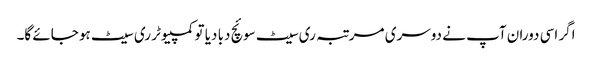
اگر اسی دوران آپ نے دوسری مرتبہ ری سیٹ سوئچ دبا دیا تو کمپیوٹر ری سیٹ ہو جائے گا۔